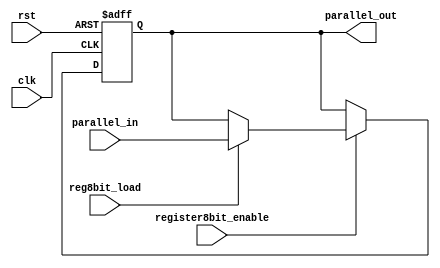
module register8bit(input[7:0] parallel_in, input clk, rst, register8bit_enable,reg8bit_load, output reg [7:0] parallel_out);
always @(posedge clk or posedge rst) begin
        if (rst)
            parallel_out <= 8'b00000000; // Reset to 0
        else if (register8bit_enable) begin
            if (reg8bit_load)
                parallel_out <= parallel_in; // Load data_in
        end
    end
endmodule